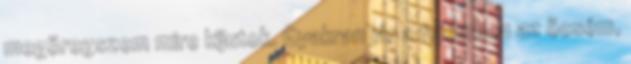
megöregszem mire kijutok. Gyakran jár a fejemben az öcsém,